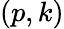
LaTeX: (p,k)